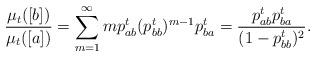
LaTeX: \begin{align*}\frac{\mu_{t}([b])}{\mu_{t}([a])}=\sum_{m=1}^{\infty}m p^t_{ab}(p_{bb}^t)^{m-1}p^t_{ba}=\frac{p^t_{ab}p^t_{ba}}{(1-p^t_{bb})^2}.\end{align*}